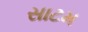
સાટમ